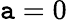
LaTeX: \mathtt{a}=0